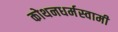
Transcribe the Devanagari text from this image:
कोथनधर्मस्वामी